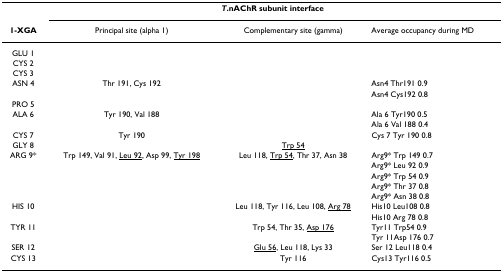
|  | <COLSPAN=3> T.nAChR subunit interface |
 | 1-XGA | Principal site (alpha 1) | Complementary site (gamma) | Average occupancy during MD |
 | --- | --- | --- | --- |
 | GLU 1 |  |  |  |
 | CYS 2 |  |  |  |
 | CYS 3 |  |  |  |
 | ASN 4 | Thr 191, Cys 192 |  | Asn4 Thr191 0.9 |
 |  |  |  | Asn4 Cys192 0.8 |
 | PRO 5 |  |  |  |
 | ALA 6 | Tyr 190, Val 188 |  | Ala 6 Tyr190 0.5 |
 |  |  |  | Ala 6 Val 188 0.4 |
 | CYS 7 | Tyr 190 |  | Cys 7 Tyr 190 0.8 |
 | GLY 8 |  | <underline>Trp 54</underline> |  |
 | ARG 9* | Trp 149, Val 91, <underline>Leu 92</underline>, Asp 99, <underline>Tyr 198</underline> | Leu 118, <underline>Trp 54</underline>, Thr 37, Asn 38 | Arg9* Trp 149 0.7 |
 |  |  |  | Arg9* Leu 92 0.9 |
 |  |  |  | Arg9* Trp 54 0.9 |
 |  |  |  | Arg9* Thr 37 0.8 |
 |  |  |  | Arg9* Asn 38 0.8 |
 | HIS 10 |  | Leu 118, Tyr 116, Leu 108, <underline>Arg 78</underline> | His10 Leu108 0.8 |
 |  |  |  | His10 Arg 78 0.8 |
 | TYR 11 |  | Trp 54, Thr 35, <underline>Asp 176</underline> | Tyr11 Trp54 0.9 |
 |  |  |  | Tyr 11Asp 176 0.7 |
 | SER 12 |  | <underline>Glu 56</underline>, Leu 118, Lys 33 | Ser 12 Leu118 0.4 |
 | CYS 13 |  | Tyr 116 | Cys13 Tyr116 0.5 |